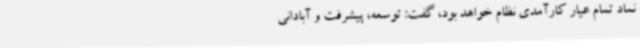
نماد تمام عیار کارآمدی نظام خواهد بود، گفت: توسعه، پیشرفت و آبادانی